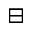
\boxminus